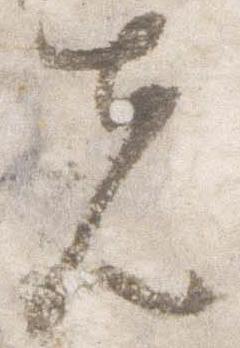
先